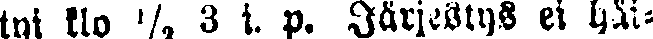
tyi klo ½ 3 i. p. Järjestys ei häi-